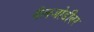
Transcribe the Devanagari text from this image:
बैलजोडीवर